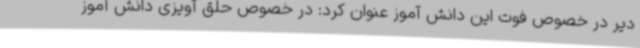
دیر در خصوص فوت این دانش آموز عنوان کرد: در خصوص حلق آویزی دانش آموز